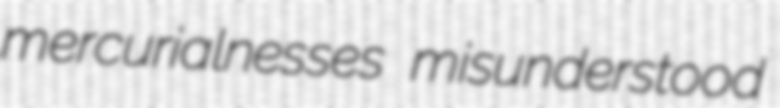
mercurialnesses misunderstood